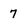
Character: 7